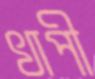
খাপী